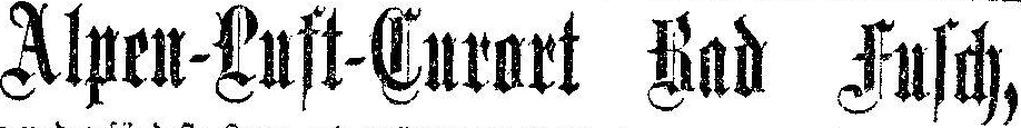
Alpen-Luft-Curort Rad Fusch,